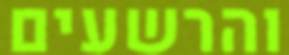
והרשעים